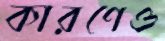
কারণেও